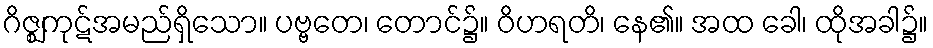
ဂိဇ္ဈကုဋ်အမည်ရှိသော။ ပဗ္ဗတေ၊ တောင်၌။ ဝိဟရတိ၊ နေ၏။ အထ ခေါ၊ ထိုအခါ၌။